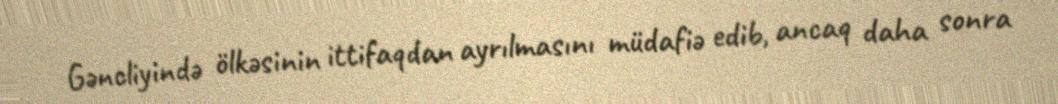
Gəncliyində ölkəsinin ittifaqdan ayrılmasını müdafiə edib, ancaq daha sonra